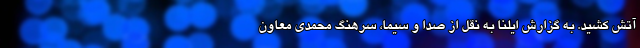
آتش کشید. به گزارش ایلنا به نقل از صدا و سیما، سرهنگ محمدی معاون